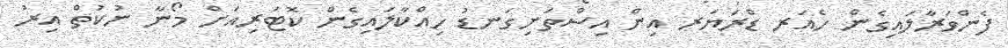
ފެންވަރާލައިގެން ހެއަރ ޑްރަޔަރ އިން އިސްތަށިގަނޑު ހިއްކާލައިގެން ކޮޓަރިއަށް މޯނާ ނުކުތް އިރު